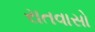
રાતવાસો